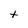
Character: t